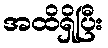
အထိရှိပြီး